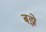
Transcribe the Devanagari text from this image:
बझे